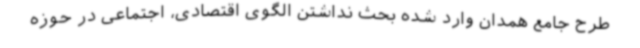
طرح جامع همدان وارد شده بحث نداشتن الگوی اقتصادی، اجتماعی در حوزه